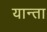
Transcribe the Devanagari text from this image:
यान्ता